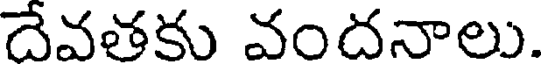
దేవతకు వందనాలు.